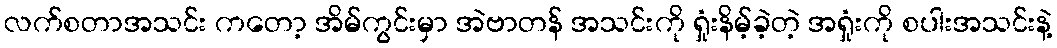
လက်စတာအသင်း ကတော့ အိမ်ကွင်းမှာ အဲဗာတန် အသင်းကို ရှုံးနိမ့်ခဲ့တဲ့ အရှုံးကို စပါးအသင်းနဲ့